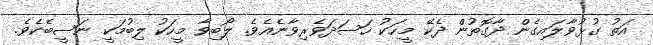
އަތު ގުޅުވާލައިގެން ދާގޮތުން ދެކޭ މީހަކު ހަސަދަވެރިވާނެއެވެ. ލޯބިވާ މީހަކު ލިބުމަކީ ނަސީބެކެވެ.